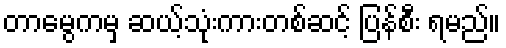
တာမွေကမှ ဆယ့်သုံးကားတစ်ဆင့် ပြန်စီး ရမည်။